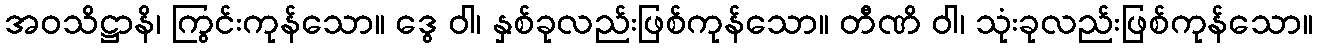
အဝသိဋ္ဌာနိ၊ ကြွင်းကုန်သော။ ဒွေ ဝါ၊ နှစ်ခုလည်းဖြစ်ကုန်သော။ တီဏိ ဝါ၊ သုံးခုလည်းဖြစ်ကုန်သော။